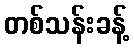
တစ်သန်းခန့်